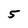
Character: 5